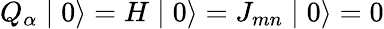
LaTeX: Q_{\alpha}\mid 0\rangle=H\mid 0\rangle=J_{mn}\mid 0\rangle=0